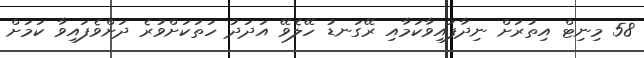
58 މިނިޓް އިތުރަށް ނިދާފައިވާކަމާއި ރޭގަނޑު ހޭލެވޭ އަދަދު ހަތަކަށްވުރެ ދަށްވެފައިވާ ކަމަށް